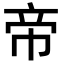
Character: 帝